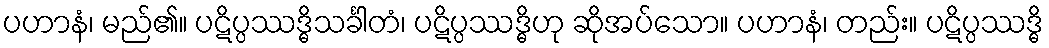
ပဟာနံ၊ မည်၏။ ပဋိပ္ပဿဒ္ဓိသင်္ခါတံ၊ ပဋိပ္ပဿဒ္ဓိဟု ဆိုအပ်သော။ ပဟာနံ၊ တည်း။ ပဋိပ္ပဿဒ္ဓိ